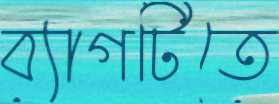
ব্যাগটিতে